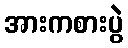
အားကစားပွဲ